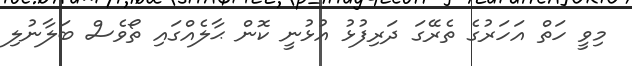
މިވީ ހަތް އަހަރުގެ ތެރޭގަ ދަރިފުޅު އުޅުނީ ކޮން ޙާލެއްގައި ތޯވެސް ބަލާނުލި